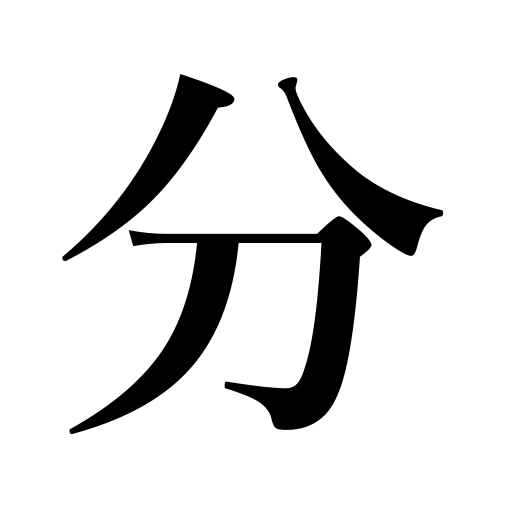
Meanings: relation,be identified,percentage,isolate,be known,segment,be sensible,understand,be divided,break up,comprehend,divide,can tell what will happen,know,one percent,chance of winning,be discovered,spare,part with,a minute of time,degree,separate,share with,odds,be announced,branch off,one-sixtieth of a degree,disperse,part,diverge from,one's lot,duty,thickness,share,dividing,one-tenth of a shaku,distribute,scatter,one's status,appreciate,rate,kind,one-tenth of a momme,one quarter of a ryo,split,fork,ration,distinguish between,lot,bid farewell,be divorced,distinguish,recognize,be open to reason